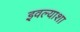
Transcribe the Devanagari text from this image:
इवल्याशा